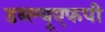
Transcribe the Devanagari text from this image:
डब्ल्यूएफपी